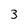
Character: 3